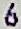
6